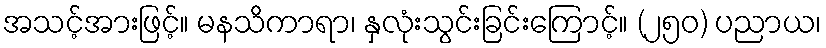
အသင့်အားဖြင့်။ မနသိကာရာ၊ နှလုံးသွင်းခြင်းကြောင့်။ (၂၅၀) ပညာယ၊